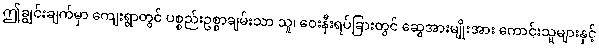
ဤချွင်းချက်မှာ ကျေးရွာတွင် ပစ္စည်းဥစ္စာချမ်းသာ သူ၊ ဝေးနီးရပ်ခြားတွင် ဆွေအားမျိုးအား ကောင်းသူများနှင့်